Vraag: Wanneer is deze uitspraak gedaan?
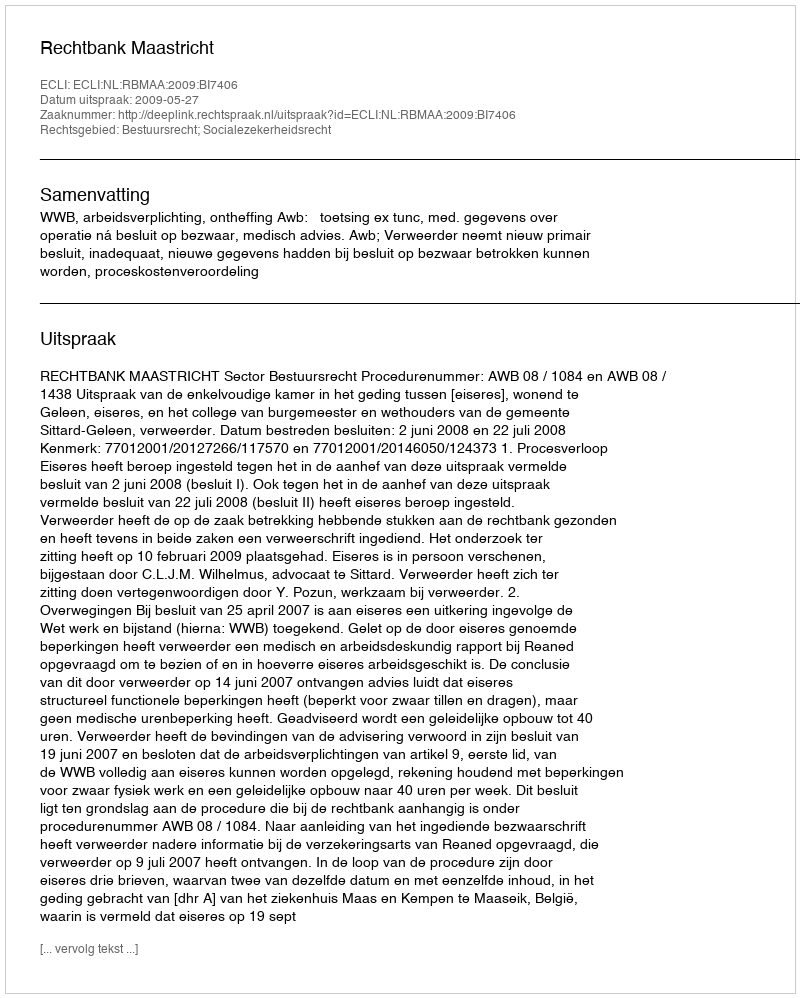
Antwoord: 2009-05-27